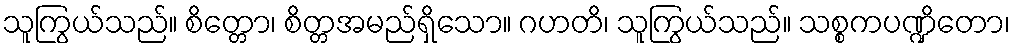
သူကြွယ်သည်။ စိတ္တော၊ စိတ္တအမည်ရှိသော။ ဂဟတိ၊ သူကြွယ်သည်။ သစ္စကပဏ္ဍိတော၊